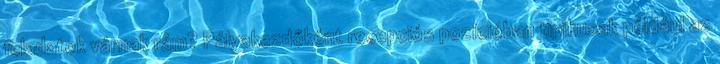
feladatok várnak rám? Pályakezdőként recepciós pozícióban tipikusak például az